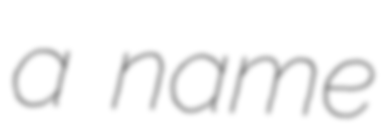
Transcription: a name